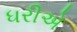
ધરીએ